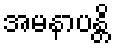
အမနာပန္တိ